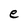
Character: e